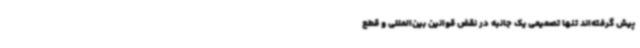
پیش گرفته‌اند تنها تصمیمی یک جانبه در نقض قوانین بین‌المللی و قطع